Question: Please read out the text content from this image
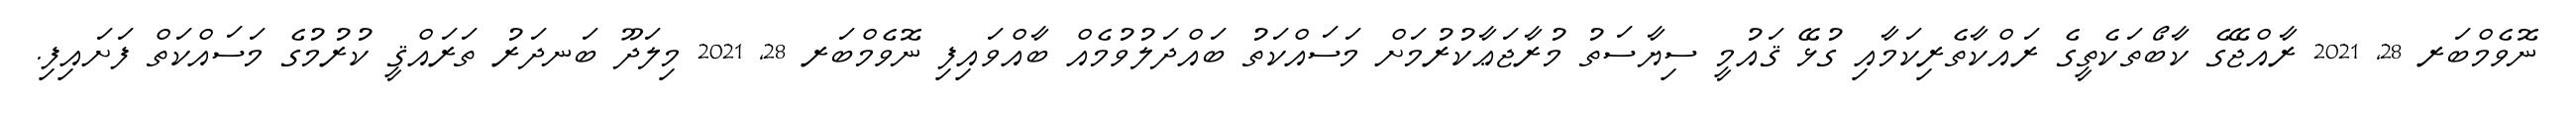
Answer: ނޮވެމްބަރ 28, 2021 ރާއްޖޭގެ ކާބޯތަކެތީގެ ރައްކާތެރިކަމާއި ގުޅޭ ޤައުމީ ސިޔާސަތު މުރާޖަޢާކުރުމަށް މަސައްކަތު ބައްދަލުވުމެއް ބާއްވައިފި ނޮވެމްބަރ 28, 2021 މިލަދޫ ބަނދަރު ތަރައްޤީ ކުރުމުގެ މަސައްކަތް ފަށައިފި.